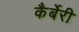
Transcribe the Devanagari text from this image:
कैर्बेरी